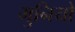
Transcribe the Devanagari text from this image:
मुनियो